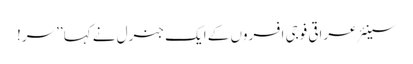
سینئر عراقی فوجی افسروں کے ایک جنرل نے کہا ’’سر!